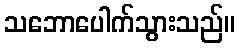
သဘောပေါက်သွားသည်။